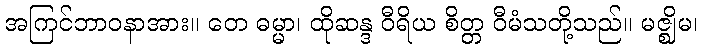
အကြင်ဘာဝနာအား။ တေ ဓမ္မာ၊ ထိုဆန္ဒ ဝီရိယ စိတ္တ ဝီမံသတို့သည်။ မဇ္ဈိမ၊